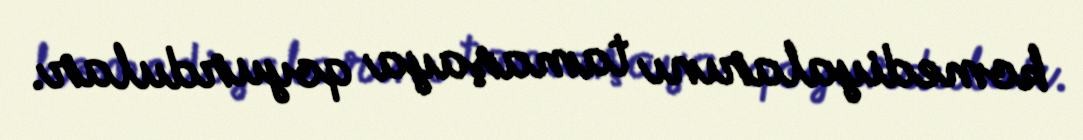
komediyalarını tamaşaya qoyurdular.